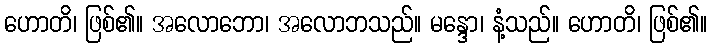
ဟောတိ၊ ဖြစ်၏။ အလောဘော၊ အလောဘသည်။ မန္ဒော၊ နံ့သည်။ ဟောတိ၊ ဖြစ်၏။